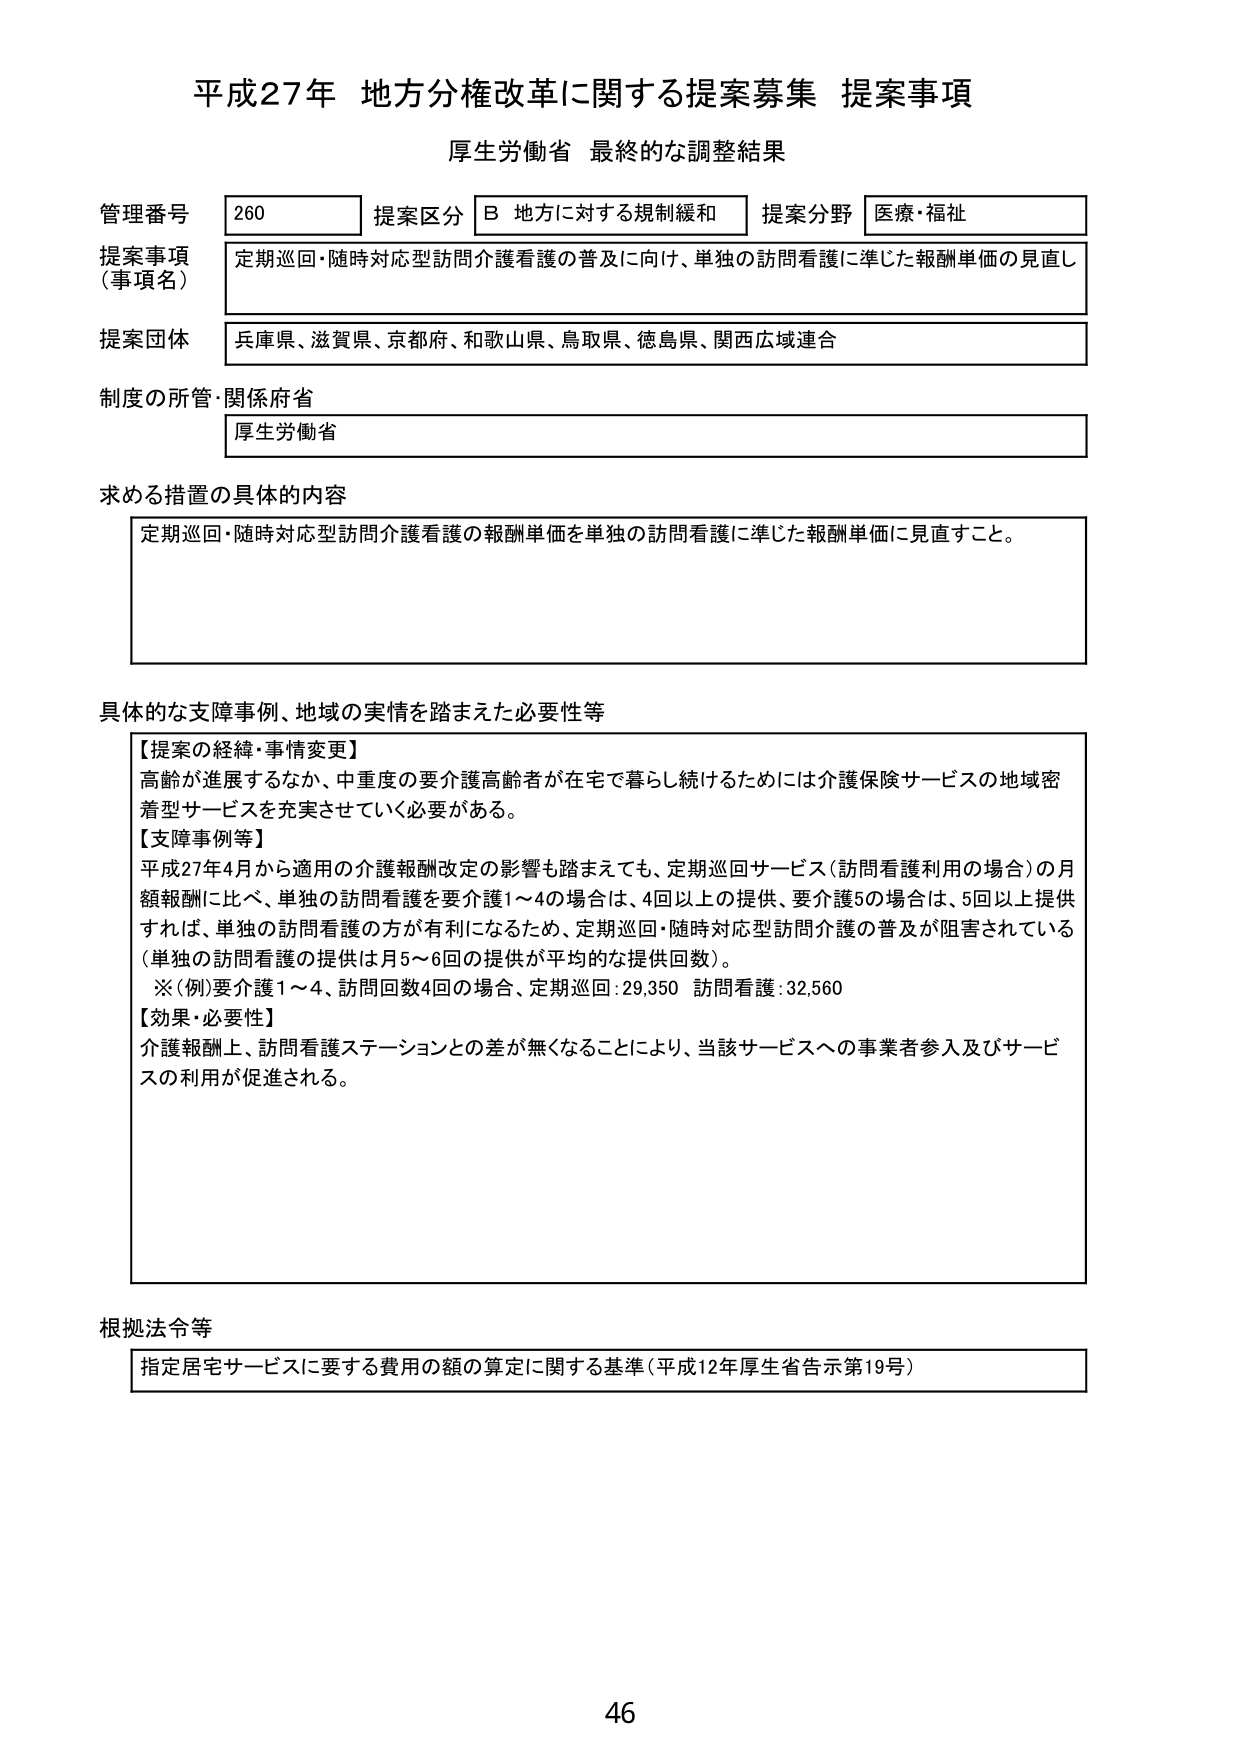
平成27年 地方分権改革に関する提案募集 提案事項
厚生労働省 最終的な調整結果

管理番号 260 提案区分 B 地方に対する規制緩和 提案分野 医療・福祉
提案事項（事項名） 定期巡回・随時対応型訪問介護看護の普及に向け、単独の訪問看護に準じた報酬単価の見直し
提案団体 兵庫県、滋賀県、京都府、和歌山県、鳥取県、徳島県、関西広域連合
制度の所管・関係府省 厚生労働省

求める措置の具体的内容
定期巡回・随時対応型訪問介護看護の報酬単価を単独の訪問看護に準じた報酬単価に見直すこと。

具体的な支障事例、地域の実情を踏まえた必要性等
【提案の経緯・事情変更】
高齢が進展するなか、中重度の要介護高齢者が在宅で暮らし続けるためには介護保険サービスの地域密着型サービスを充実させていく必要がある。
【支障事例等】
平成27年4月から適用の介護報酬改定の影響も踏まえても、定期巡回サービス（訪問看護利用の場合）の月額報酬に比べ、単独の訪問看護を要介護1～4の場合は、4回以上の提供、要介護5の場合は、5回以上提供すれば、単独の訪問看護の方が有利になるため、定期巡回・随時対応型訪問介護の普及が阻害されている（単独の訪問看護の提供は月5～6回の提供が平均的な提供回数）。
※（例）要介護1～4、訪問回数4回の場合、定期巡回：29,350 訪問看護：32,560
【効果・必要性】
介護報酬上、訪問看護ステーションとの差が無くなることにより、当該サービスへの事業者参入及びサービスの利用が促進される。

根拠法令等
指定居宅サービスに要する費用の額の算定に関する基準（平成12年厚生省告示第19号）

46